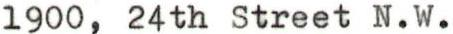
1900, 24th Street N.W.